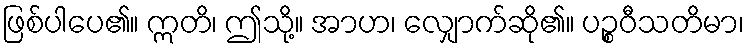
ဖြစ်ပါပေ၏။ ဣတိ၊ ဤသို့။ အာဟ၊ လျှောက်ဆို၏။ ပဉ္စဝီသတိမာ၊